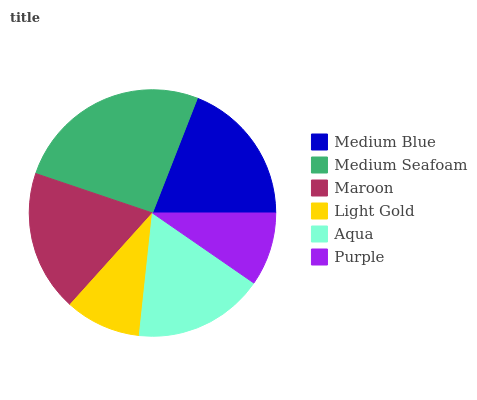
| Medium Blue | Medium Seafoam | Maroon | Light Gold | Aqua | Purple |
 | --- | --- | --- | --- | --- | --- |
 | 19.1% | 25.8% | 18.5% | 9.97% | 17% | 9.62% |